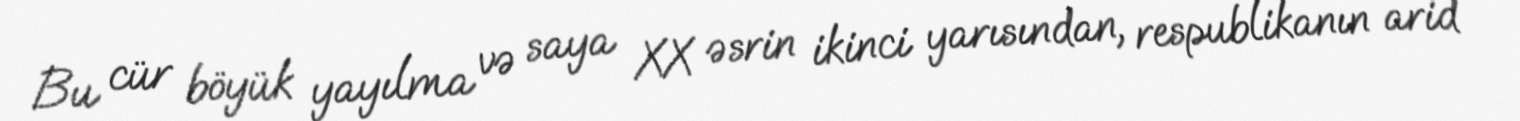
Bu cür böyük yayılma və saya XX əsrin ikinci yarısından, respublikanın arid